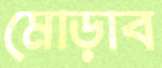
মোড়াব